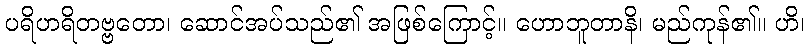
ပရိဟရိတဗ္ဗတော၊ ဆောင်အပ်သည်၏ အဖြစ်ကြောင့်။ ဟောဘူတာနိ၊ မည်ကုန်၏။ ဟိ၊